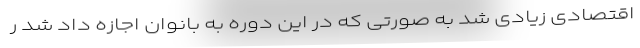
اقتصادی زیادی شد به صورتی که در این دوره به بانوان اجازه داد شد ر